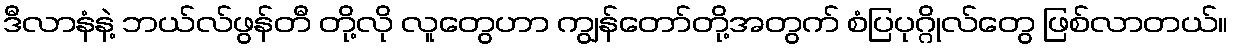
ဒီလာနံနဲ့ ဘယ်လ်ဖွန်တီ တို့လို လူတွေဟာ ကျွန်တော်တို့အတွက် စံပြပုဂ္ဂိုလ်တွေ ဖြစ်လာတယ်။